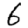
Digit: 6